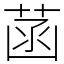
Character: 菡